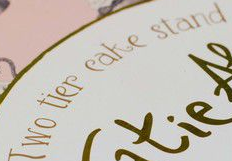
Two tier eake stand